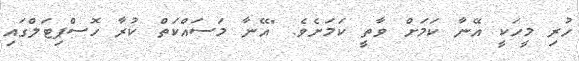
ހުރި މީހަކީ އޭނާ ކަމަށް ވާތީ ކަމަށެވެ. "އޭނާ މަސައްކަތް ކުރާ ހޮސްޕިޓަލްގައި